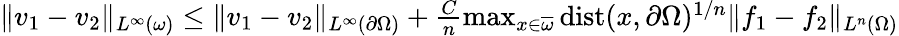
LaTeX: \begin{array}{r}{\| v_{1}-v_{2}\| _{L^{\infty}(\omega)}\leq\| v_{1}-v_{2}\| _{L^{\infty}(\partial\Omega)}+\frac{C}{n}\operatorname*{max}_{x\in\overline{{\omega}}}\mathrm{dist}(x,\partial\Omega)^{1/n}\| f_{1}-f_{2}\| _{L^{n}(\Omega)}}\end{array}